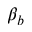
\beta _ { b }